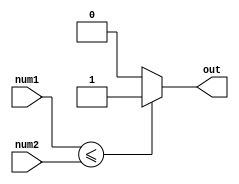
module LessThanEqual(
    input [7:0] num1,
    input [7:0] num2,
    output reg out
);
  
  // Comparator logic
  always @(*)
  begin
    if(num1 <= num2)
      out = 1;
    else
      out = 0;
  end

endmodule